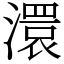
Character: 澴